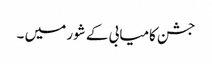
جشن کامیابی کے شور میں ۔